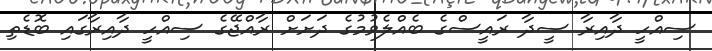
ސިއްހީ ދާއިރާ ސީދާ ރައީސްގެ ބެއްލެވުމުގެ ދަށަށް ރާއްޖޭގެ ސިއްހީ ދާއިރާގައި ބޮޑެތި